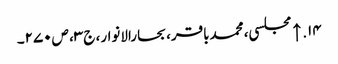
۱۴. ↑ مجلسی، محمدباقر، بحارالانوار، ج‌۳، ص‌۲۷۰۔